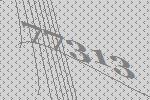
77313